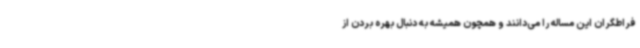
فراطگران این مساله را می‌دانند و همچون همیشه به دنبال بهره بردن از